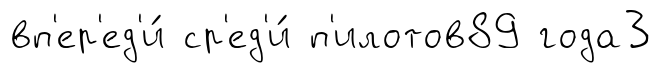
вп'ер'ед'и́ ср'ед'и́ п'илотов89 года3